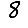
Digit: 8